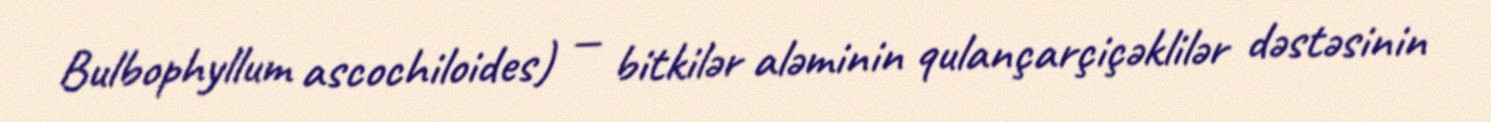
Bulbophyllum ascochiloides) — bitkilər aləminin qulançarçiçəklilər dəstəsinin